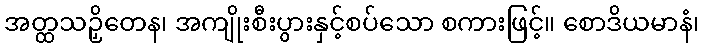
အတ္ထသဉှိတေန၊ အကျိုးစီးပွားနှင့်စပ်သော စကားဖြင့်။ စောဒိယမာနံ၊